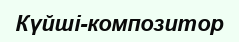
Күйші-композитор